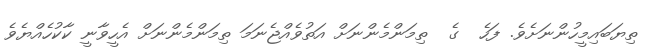
ތިޔަބައިމީހުންނަށެވެ. ފަހެ  ގެ  ތިމަންމެންނަށް އަތުވެއްޖެނަމަ ތިމަންމެންނަށް އެހީވާނީ ކާކުހެއްޔެވެ